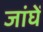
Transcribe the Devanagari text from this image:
जांघें